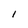
Character: l